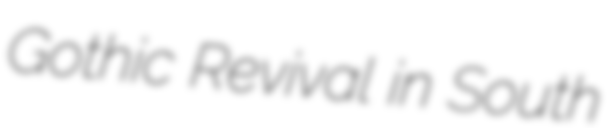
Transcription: Gothic Revival in South